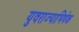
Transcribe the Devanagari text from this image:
युवराज्याभिषेक